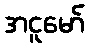
အငူမော်